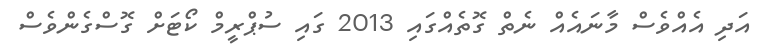
އަދި އެއްވެސް މާނައެއް ނެތް ގޮތެއްގައި 2013 ގައި ސުޕްރީމް ކޯޓަށް ގޮސްގެންވެސް